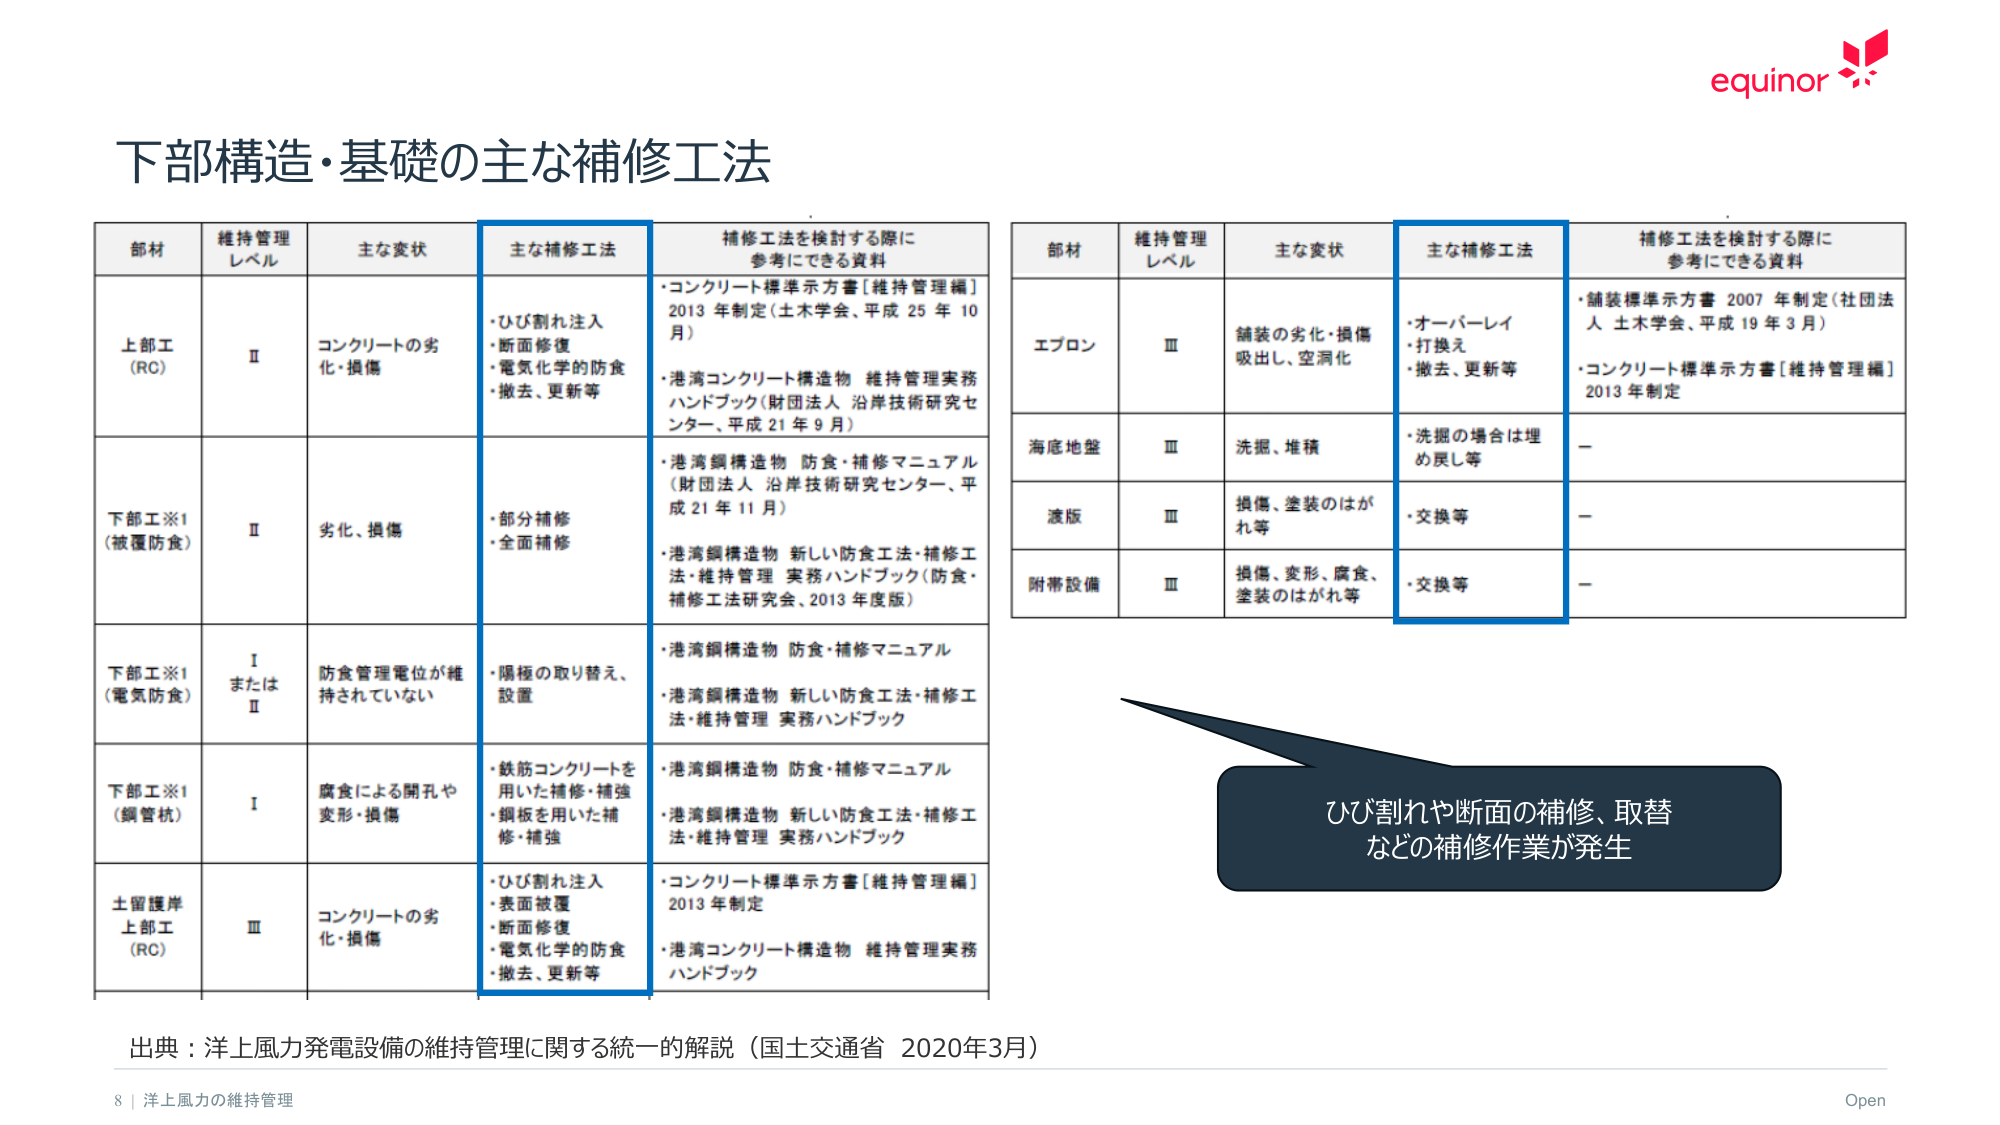
下部構造・基礎の主な補修工法

部材 維持管理レベル 主な変状 主な補修工法 補修工法を検討する際に参考にできる資料
上部工（RC） Ⅱ コンクリートの劣化・損傷 ・ひび割れ注入 ・断面修復 ・電気化学的防食 ・撤去、更新等 ・コンクリート標準示方書［維持管理編］ 2013年制定（土木学会、平成25年10月） ・港湾コンクリート構造物 維持管理実務ハンドブック（財団法人 沿岸技術研究センター、平成21年9月）
下部工※1（被覆防食） Ⅱ 劣化、損傷 ・部分補修 ・全面補修 ・港湾鋼構造物 防食・補修マニュアル（財団法人 沿岸技術研究センター、平成21年11月） ・港湾鋼構造物 新しい防食工法・補修工法・維持管理 実務ハンドブック（防食・補修工法研究会、2013年度版）
下部工※1（電気防食） ⅠまたはⅡ 防食管理電位が維持されていない ・陽極の取り替え、設置 ・港湾鋼構造物 防食・補修マニュアル ・港湾鋼構造物 新しい防食工法・補修工法・維持管理 実務ハンドブック
下部工※1（鋼管杭） Ⅰ 腐食による開孔や変形・損傷 ・鉄筋コンクリートを用いた補修・補強 ・鋼板を用いた補修・補強 ・港湾鋼構造物 防食・補修マニュアル ・港湾鋼構造物 新しい防食工法・補修工法・維持管理 実務ハンドブック
土留護岸上部工（RC） Ⅲ コンクリートの劣化・損傷 ・ひび割れ注入 ・表面被覆 ・断面修復 ・電気化学的防食 ・撤去、更新等 ・コンクリート標準示方書［維持管理編］ 2013年制定 ・港湾コンクリート構造物 維持管理実務ハンドブック

部材 維持管理レベル 主な変状 主な補修工法 補修工法を検討する際に参考にできる資料
エプロン Ⅲ 鋪装の劣化・損傷 吸出し、空洞化 ・オーバーレイ ・打換え ・撤去、更新等 ・舗装標準示方書 2007年制定（社団法人 土木学会、平成19年3月） ・コンクリート標準示方書［維持管理編］ 2013年制定
海底地盤 Ⅲ 洗掘、堆積 ・洗掘の場合は埋め戻し等 －
渡版 Ⅲ 損傷、塗装のはがれ等 ・交換等 －
附帯設備 Ⅲ 損傷、変形、腐食、塗装のはがれ等 ・交換等 －

ひび割れや断面の補修、取替などの補修作業が発生

出典：洋上風力発電設備の維持管理に関する統一的解説（国土交通省 2020年3月）

8 | 洋上風力の維持管理
Open
equinor